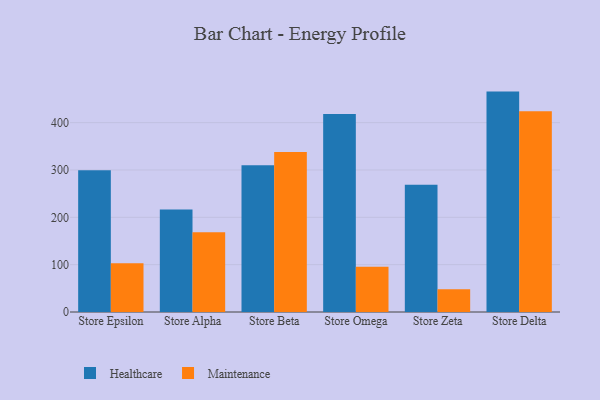
{"axis": {"x": "Store", "y": "Revenue (USD Million)"}, "legend": ["Healthcare", "Maintenance"], "data": [{"x": "Store Epsilon", "y": 299.5, "type": "Healthcare"}, {"x": "Store Epsilon", "y": 103.0, "type": "Maintenance"}, {"x": "Store Alpha", "y": 216.4, "type": "Healthcare"}, {"x": "Store Alpha", "y": 168.6, "type": "Maintenance"}, {"x": "Store Beta", "y": 309.7, "type": "Healthcare"}, {"x": "Store Beta", "y": 337.7, "type": "Maintenance"}, {"x": "Store Omega", "y": 418.3, "type": "Healthcare"}, {"x": "Store Omega", "y": 95.6, "type": "Maintenance"}, {"x": "Store Zeta", "y": 268.9, "type": "Healthcare"}, {"x": "Store Zeta", "y": 48.2, "type": "Maintenance"}, {"x": "Store Delta", "y": 465.5, "type": "Healthcare"}, {"x": "Store Delta", "y": 423.8, "type": "Maintenance"}]}